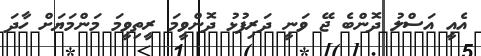
އެއީ އަސްލު ދޮންބެ ޖޭ ވަނީ ދަރިފުޅު ދޮންވީމަ ރީތިވީމަ މަންމަޔަށް ހާދަ